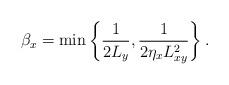
LaTeX: \begin{align*}\beta_x=\min\left\{ \frac{1}{2L_y}, \frac{1}{2\eta_x L_{xy}^2} \right\}.\end{align*}